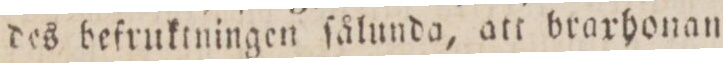
des befruktningen ſålunda, att braxhonan